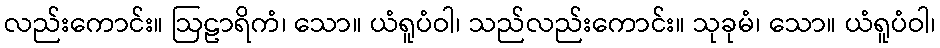
လည်းကောင်း။ ဩဠာရိကံ၊ သော။ ယံရူပံဝါ၊ သည်လည်းကောင်း။ သုခုမံ၊ သော။ ယံရူပံဝါ၊